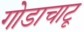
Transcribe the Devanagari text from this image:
गोडाचाटू